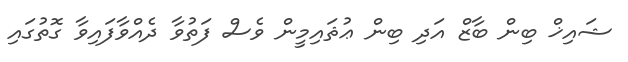
ޝައިޚް ބިން ބާޒް އަދި ބިން ޢުޘައިމީން ވެސް ފަތުވާ ދެއްވާފައިވާ ގޮތުގައި